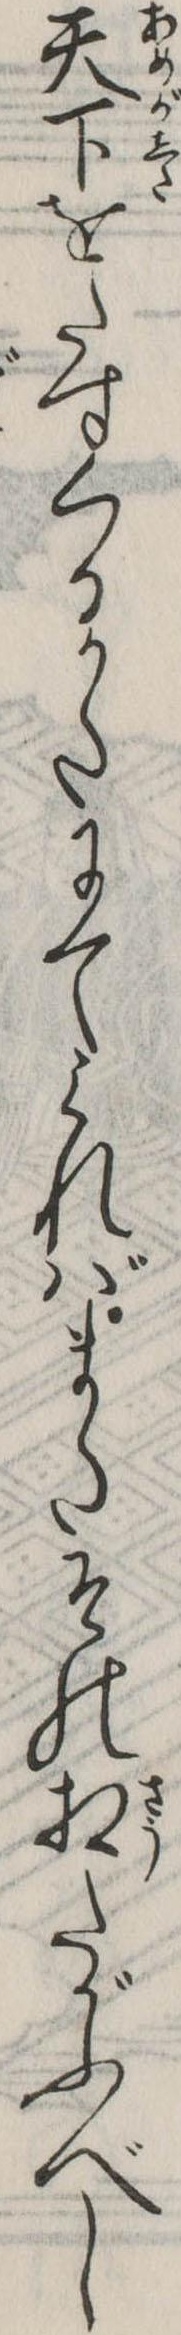
天下をたすくるかたにてみればまたその相たがふべし